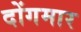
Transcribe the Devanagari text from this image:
दोंगमार